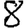
Digit: 8